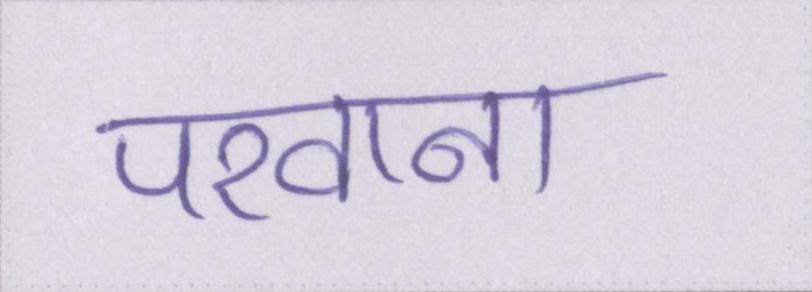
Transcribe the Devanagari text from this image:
परवाना